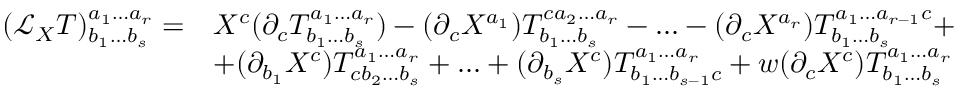
{ \begin{array} { r l } { ( { \mathcal { L } } _ { X } T ) ^ { a _ { 1 } \ldots a _ { r } } _ { b _ { 1 } \ldots b _ { s } } = } & { X ^ { c } ( \partial _ { c } T ^ { a _ { 1 } \ldots a _ { r } } _ { b _ { 1 } \ldots b _ { s } } ) - ( \partial _ { c } X ^ { a _ { 1 } } ) T ^ { c a _ { 2 } \ldots a _ { r } } _ { b _ { 1 } \ldots b _ { s } } - \ldots - ( \partial _ { c } X ^ { a _ { r } } ) T ^ { a _ { 1 } \ldots a _ { r - 1 } c } _ { b _ { 1 } \ldots b _ { s } } + } \\ & { + ( \partial _ { b _ { 1 } } X ^ { c } ) T ^ { a _ { 1 } \ldots a _ { r } } _ { c b _ { 2 } \ldots b _ { s } } + \ldots + ( \partial _ { b _ { s } } X ^ { c } ) T ^ { a _ { 1 } \ldots a _ { r } } _ { b _ { 1 } \ldots b _ { s - 1 } c } + w ( \partial _ { c } X ^ { c } ) T ^ { a _ { 1 } \ldots a _ { r } } _ { b _ { 1 } \ldots b _ { s } } } \end{array} }